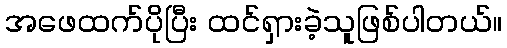
အဖေထက်ပိုပြီး ထင်ရှားခဲ့သူဖြစ်ပါတယ်။